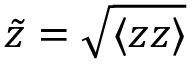
\tilde { z } = \sqrt { \langle { z z } \rangle }